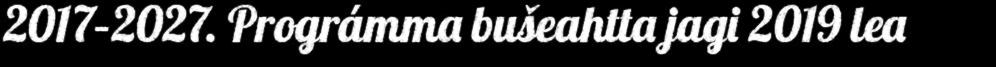
2017–2027. Prográmma bušeahtta jagi 2019 lea